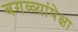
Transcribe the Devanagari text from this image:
बगळ्यांपेक्षा